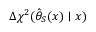
\Delta \chi ^ { 2 } ( \hat { \theta } _ { S } ( x ) \mid x )